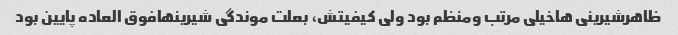
ظاهرشیرینی هاخیلی مرتب ومنظم بود ولی کیفیتش، بعلت موندگی شیرینهافوق العاده پایین بود